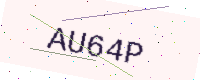
Text: AU64P